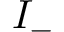
I _ { - }